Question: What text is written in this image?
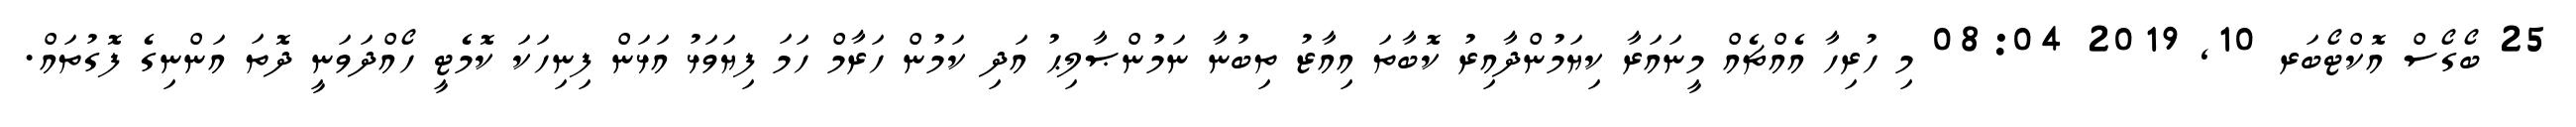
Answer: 25 ބޯގޯސް އޮކްޓޯބަރ 10, 2019 08:04 މި ހުރިހާ އެއްޗެއް މީނައަރާ ކިޔަމުންދާއިރު ކޮބާތަ އިއާޒު ތިބުނާ ނަމުންޞާލިޙު އަދި ކަމުން ހަރާމް ހަމަ ފިޔަވަޅު އަޅަން ފިނިހަކަ ކޮމެޓީ ހޯއްދަވަނީ ދޮތަ އަންނިގެ ފޮގުތައް.